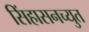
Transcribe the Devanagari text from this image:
सिंहासनच्युत